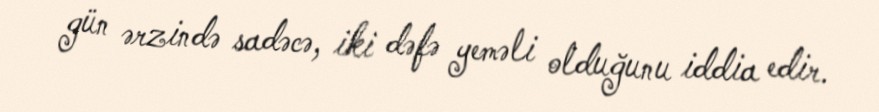
gün ərzində sadəcə, iki dəfə yeməli olduğunu iddia edir.